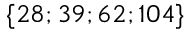
\{ 2 8 ; 3 9 ; 6 2 ; 1 0 4 \}